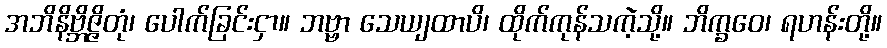
အဘိနိဗ္ဘိဇ္ဇိတုံ၊ ပေါက်ခြင်းငှာ။ ဘဗ္ဗာ သေယျထာပိ၊ ထိုက်ကုန်သကဲ့သို့။ ဘိက္ခဝေ၊ ရဟန်းတို့။